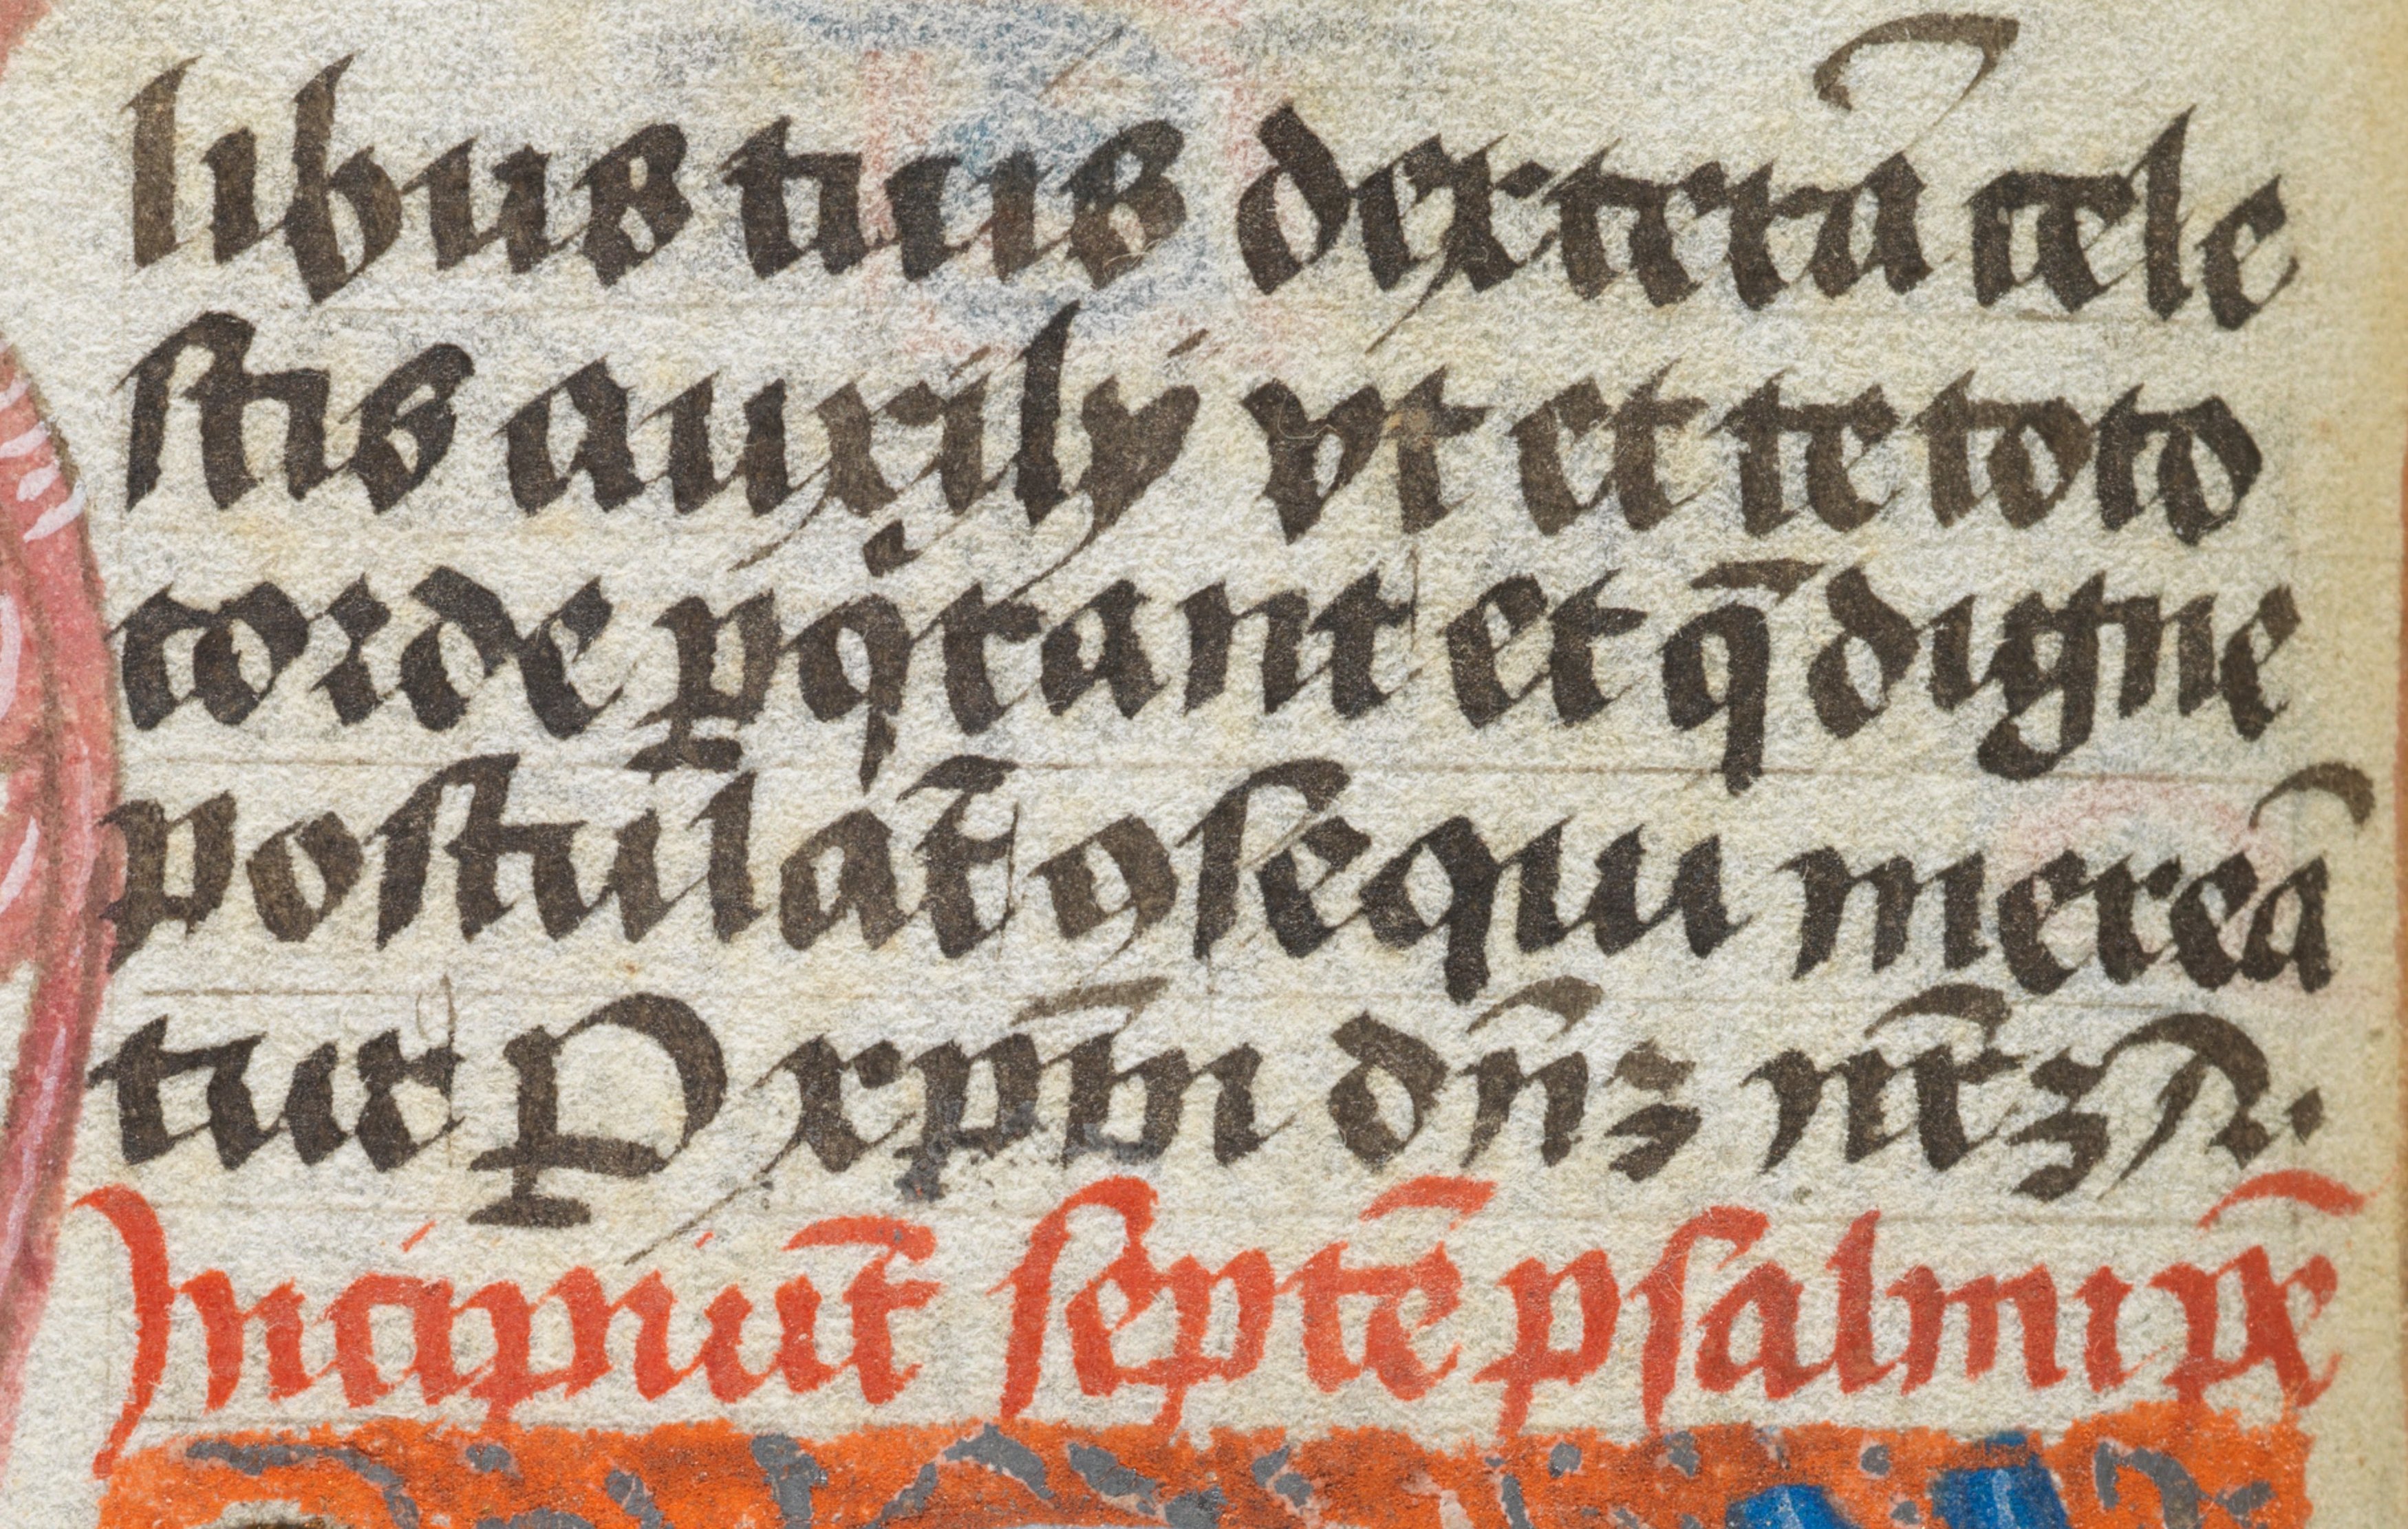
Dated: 1450–1499